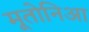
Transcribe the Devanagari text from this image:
मूतोनिआ